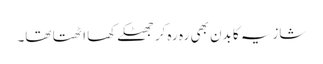
شازیہ کا بدن بھی رہ رہ کر جھٹکے کھا اٹھتا تھا۔